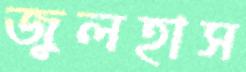
জুলহাস